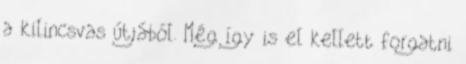
a kilincsvas útjából. Még így is el kellett forgatni